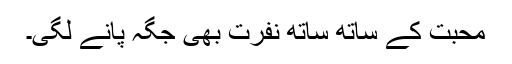
محبت کے ساتھ ساتھ نفرت بھی جگہ پانے لگی۔